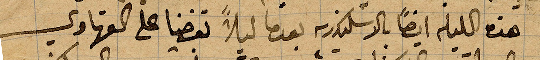
هذه الليلة ايضًا في الإسكندرية بعدما ليلًا ... على القهاوي